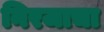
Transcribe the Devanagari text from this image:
निरजाचा